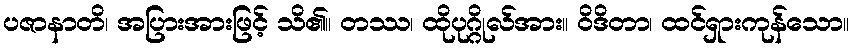
ပဇာနာတိ၊ အပြားအားဖြင့် သိ၏။ တဿ၊ ထိုပုဂ္ဂိုလ်အား။ ဝိဒိတာ၊ ထင်ရှားကုန်သော။